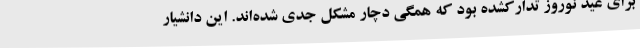
برای عید نوروز تدارکشده بود که همگی دچار مشکل جدی شده‌اند. این دانشیار